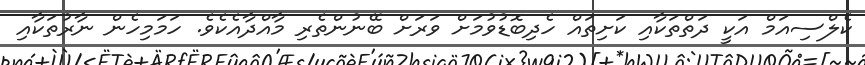
ކެލްސިއަމް އަކީ ދަތްތަކާއި ކަށިތައް ހެދިބޮޑުވުމަށް ވަރަށް ބޭނުންތެރި މާއްދާއެކެވެ. ހަމަމިހެން ނާރުތަކާއި